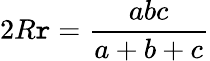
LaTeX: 2R\mathtt{r}={\frac{{abc}}{{a+b+c}}}